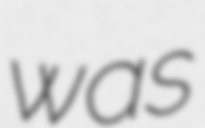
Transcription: was